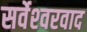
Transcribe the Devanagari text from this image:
सर्वेश्‍वरवाद